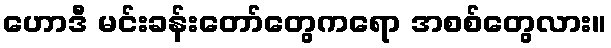
ဟောဒီ မင်းခန်းတော်တွေကရော အစစ်တွေလား။